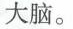
大脑。